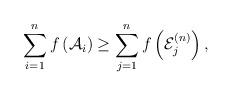
LaTeX: \begin{align*}\sum_{i=1}^n f \left( \mathcal{A}_i \right) \geq\sum_{j=1}^n f \left( \mathcal{E}^{(n)}_j \right),\end{align*}